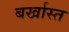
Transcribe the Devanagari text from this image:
बर्खास्त